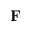
\mathbf { F }